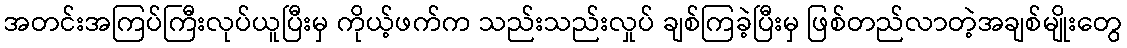
အတင်းအကြပ်ကြီးလုပ်ယူပြီးမှ ကိုယ့်ဖက်က သည်းသည်းလှုပ် ချစ်ကြခဲ့ပြီးမှ ဖြစ်တည်လာတဲ့အချစ်မျိုးတွေ